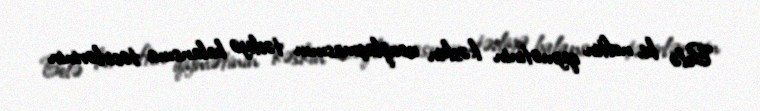
Belə ki, neftin qiymətinin kəskin ucuzlaşmasının tədiyə balansına təsirlərinin